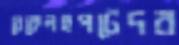
বেকেলহপটেদর